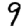
Digit: 9